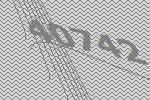
40742